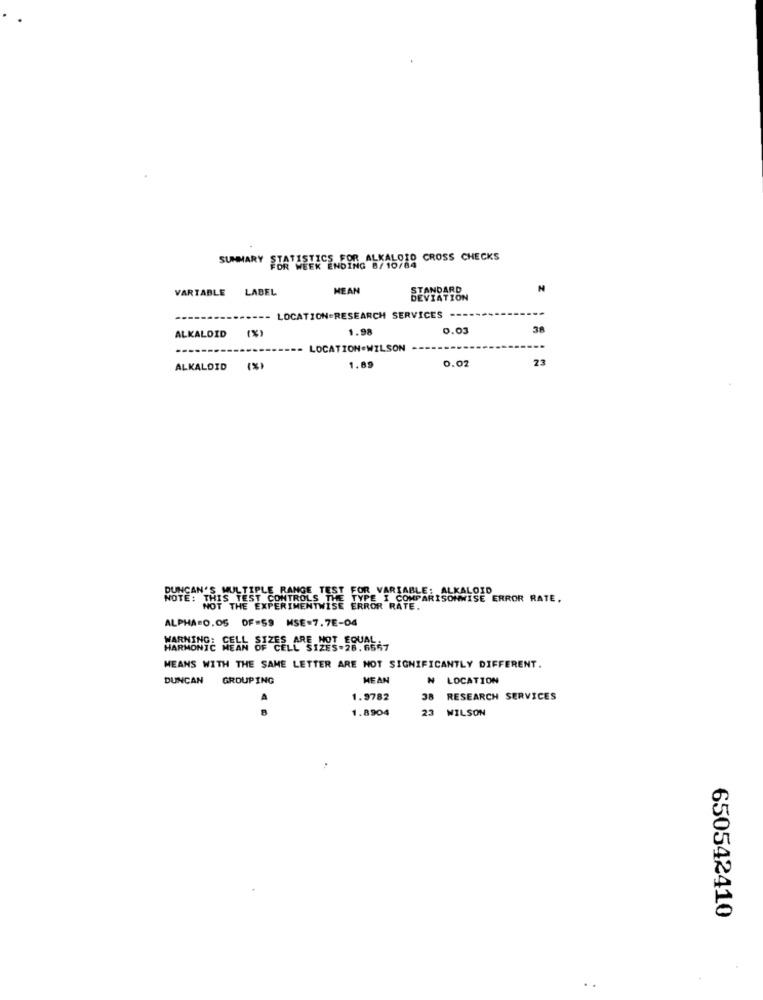
SUMMARY STATISTICS FOR ALKALOID CROSS CHECKS
VARIABLE LABEL
MEAN
STANDARD
DEVIATION
----- LOCATION=RESEARCH SERVICES --
1.98
0.03
38
ALKALOID (%)
- LOCATION.WILSON
0.02
23
ALKALOID (%)
1.09
DUNCAN'S MULTIPLE
FOR VARIABLE: ALKALOID
THIS TEST CONTROLS THE TYPE I COMPARISONWISE ERROR RATE.
NOTE: THIS TEST CONTROLS THE
ALPHA=0.05 DF=59 MSE=7.7E-04
E NOT EQUAL
VARMONTE MEAN OF CELL 51283-28.6667
HARMONY
MEANS WITH THE SAME LETTER ARE NOT SIGNIFICANTLY DIFFERENT.
DUNCAN
GROUPING
MEAN
₦ LOCATION
1.9782
38 RESEARCH SERVICES
. .
1.8904
23 WILSON
650542410